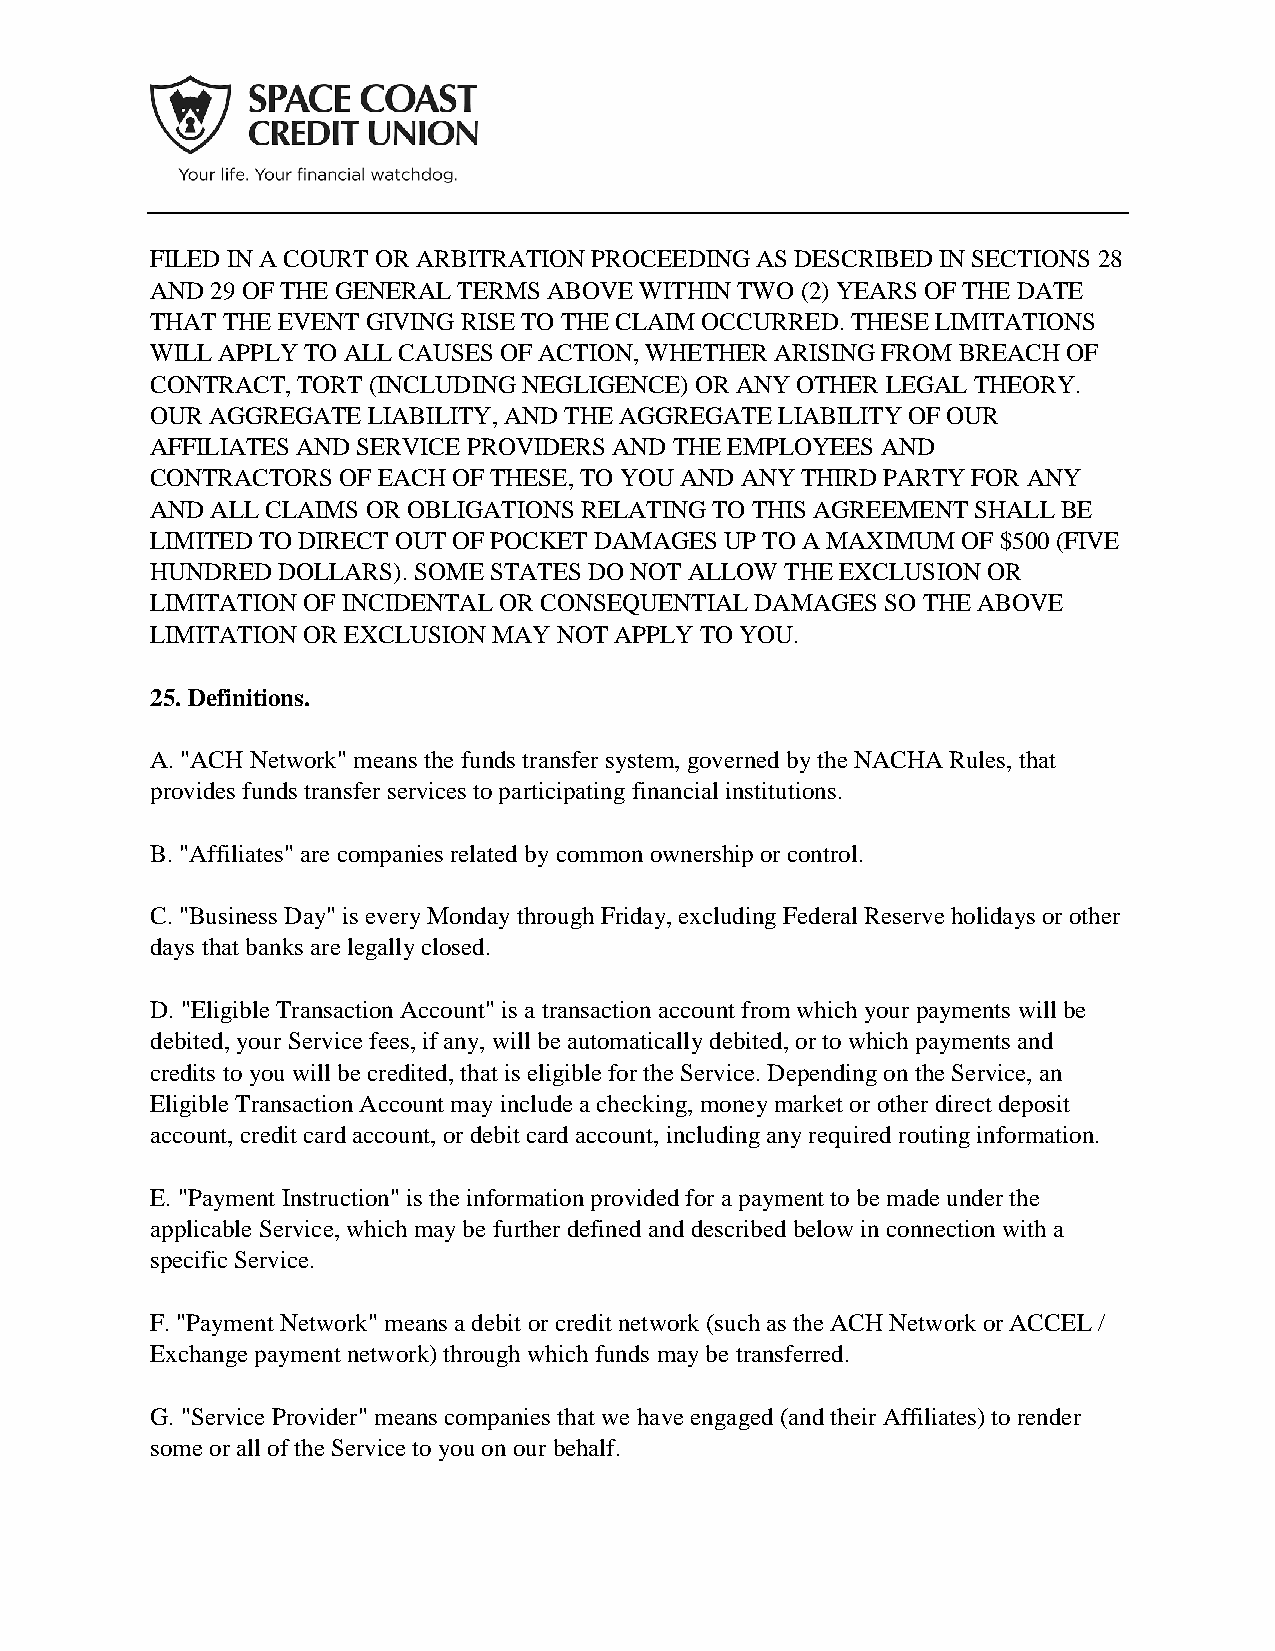
FILED IN A COURT OR ARBITRATION PROCEEDING AS DESCRIBED IN SECTIONS 28
 AND 29 OF THE GENERAL TERMS ABOVE WITHIN TWO (2) YEARS OF THE DATE
 THAT THE EVENT GIVING RISE TO THE CLAIM OCCURRED. THESE LIMITATIONS
 WILL APPLY TO ALL CAUSES OF ACTION, WHETHER ARISING FROM BREACH OF
 CONTRACT, TORT (INCLUDING NEGLIGENCE) OR ANY OTHER LEGAL THEORY.
 OUR AGGREGATE LIABILITY, AND THE AGGREGATE LIABILITY OF OUR
 AFFILIATES AND SERVICE PROVIDERS AND THE EMPLOYEES AND
 CONTRACTORS OF EACH OF THESE, TO YOU AND ANY THIRD PARTY FOR ANY
 AND ALL CLAIMS OR OBLIGATIONS RELATING TO THIS AGREEMENT SHALL BE
 LIMITED TO DIRECT OUT OF POCKET DAMAGES UP TO A MAXIMUM OF $500 (FIVE
 HUNDRED DOLLARS). SOME STATES DO NOT ALLOW THE EXCLUSION OR
 LIMITATION OF INCIDENTAL OR CONSEQUENTIAL DAMAGES SO THE ABOVE
 LIMITATION OR EXCLUSION MAY NOT APPLY TO YOU.
 25. Definitions.
 A. "ACH Network" means the funds transfer system, governed by the NACHA Rules, that
 provides funds transfer services to participating financial institutions.
 B. "Affiliates" are companies related by common ownership or control.
 C. "Business Day" is every Monday through Friday, excluding Federal Reserve holidays or other
 days that banks are legally closed.
 D. "Eligible Transaction Account" is a transaction account from which your payments will be
 debited, your Service fees, if any, will be automatically debited, or to which payments and
 credits to you will be credited, that is eligible for the Service. Depending on the Service, an
 Eligible Transaction Account may include a checking, money market or other direct deposit
 account, credit card account, or debit card account, including any required routing information.
 E. "Payment Instruction" is the information provided for a payment to be made under the
 applicable Service, which may be further defined and described below in connection with a
 specific Service.
 F. "Payment Network" means a debit or credit network (such as the ACH Network or ACCEL /
 Exchange payment network) through which funds may be transferred.
 G. "Service Provider" means companies that we have engaged (and their Affiliates) to render
 some or all of the Service to you on our behalf.